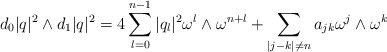
\begin{align*} d_0|q|^2\wedge d_1|q|^2=4 \sum_{l=0}^{n-1}|q_l|^2 \omega^l\wedge \omega^{n+l}+\sum_{|j-k|\not = n}a_{jk}\omega^j\wedge \omega^k \end{align*}